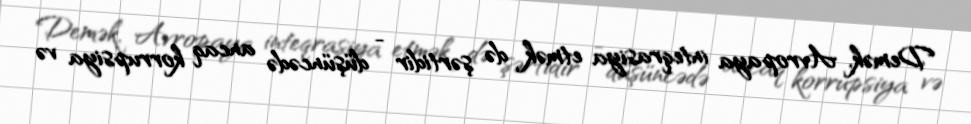
Demək, Avropaya inteqrasiya etmək də şərtidir - düşüncədə ancaq korrupsiya və